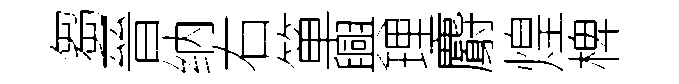
芻晉纳右箪興理麝煌椑